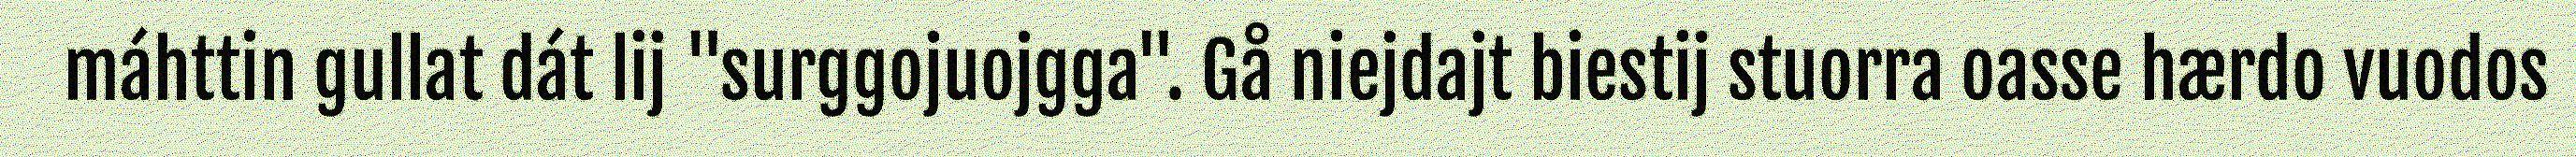
máhttin gullat dát lij "surggojuojgga". Gå niejdajt biestij stuorra oasse hærdo vuodos